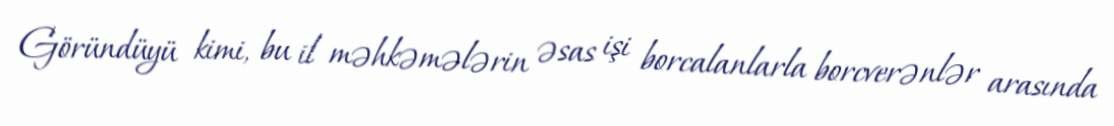
Göründüyü kimi, bu il məhkəmələrin əsas işi borcalanlarla borcverənlər arasında